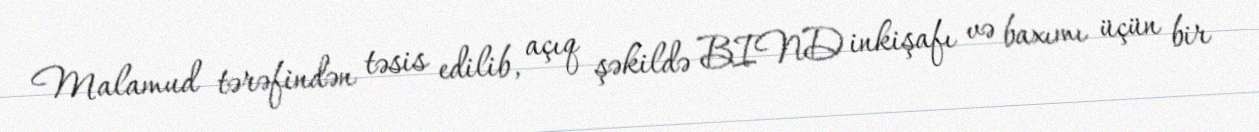
Malamud tərəfindən təsis edilib, açıq şəkildə BIND inkişafı və baxımı üçün bir